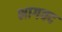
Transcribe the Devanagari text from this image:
भागवद